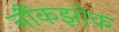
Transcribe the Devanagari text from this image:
नौंकझोक